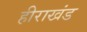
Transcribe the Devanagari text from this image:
हीराखंड